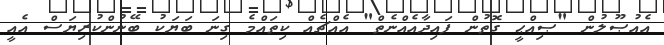
އެއުޞޫލުން "ޞިއްޙީ ގޮތުން ފައިދާއެއްނެތް" އެއްޗެއް ކިތައްމެ ގިނަ ބަޔަކު ބޭނުންކުރިޔަސް އެއީ